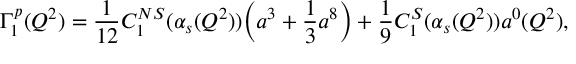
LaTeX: \Gamma _ { 1 } ^ { p } ( Q ^ { 2 } ) = \frac { 1 } { 1 2 } C _ { 1 } ^ { N S } ( \alpha _ { s } ( Q ^ { 2 } ) ) \bigg ( a ^ { 3 } + \frac { 1 } { 3 } a ^ { 8 } \bigg ) + \frac { 1 } { 9 } C _ { 1 } ^ { S } ( \alpha _ { s } ( Q ^ { 2 } ) ) a ^ { 0 } ( Q ^ { 2 } ) ,